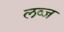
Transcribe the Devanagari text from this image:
लव्ज